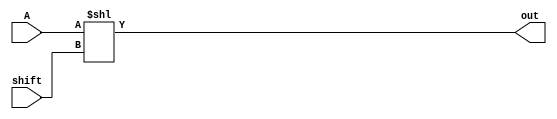
//  left and right shift module..

module left_shift(A, shift, out);
    input [53:0] A;
    input [5:0] shift;
    output reg [53:0] out;

    integer k;
    always @(shift) begin
        k = shift;
        out = A << k;
    end

endmodule

module right_shift(A, shift, out);
    input [52:0] A;
    input [5:0] shift;
    output reg [52:0] out;

    integer k;
    always @(shift) begin
        k = shift;
        out = A >> k;
    end

endmodule


//  addtion and subtraction module..

module add_sub(A, B, cin, sum);
    input [52:0] A, B;
    input cin;
    output reg [53:0] sum;

    always @(A, B, cin) begin
        if(!cin)
            sum = A + B;
        else
            sum = A - B;
    end

endmodule



module fp_adder(a, b, out);
	input [63:0] a, b;
	output reg [63:0] out;

    reg S1, S2, S3;				// signed bits
	reg [10:0] E1, E2, E3, D;	// exponents, D = E1-E2
	reg [52:0] M1, M2;			// i bit extra bcoz in form of 1.010101		
	reg [51:0] M3_final;
	reg [5:0] normalizer_shift, actual_shift;

	wire [53:0] M3, M3_normalised;
	wire [52:0] M2_shifted;

	integer q;
    right_shift rs(M2, D[5:0], M2_shifted);
	add_sub as(M1, M2_shifted, S1^S2, M3);
	left_shift ls(M3, normalizer_shift, M3_normalised);

    always @(*) begin

        // extract values
		S1 = a[63];
		S2 = b[63];
		E1 = a[62:52];
		E2 = b[62:52];
		M1 = {1'b1,a[51:0]};
		M2 = {1'b1,b[51:0]};


        // swap X1, X2 if |X2|>|X1|
		if(E2>E1 || (E1 == E2 && M2>M1)) begin
			S1 = b[63];
			S2 = a[63];
			E1 = b[62:52];
			E2 = a[62:52];
			M1 = {1'b1,b[51:0]};
			M2 = {1'b1,a[51:0]};

		end


		// Denormalize M2.. shift will happen in module
		S3 = S1;
		D = E1 - E2;
		if(D >= 52)		// if right-shift is more than 52 then its 0;
			D = 11'd52;


		// normalize result...   1.1010101
		normalizer_shift = 0;
		while (M3[53-normalizer_shift] == 1'b0 && normalizer_shift < 53) begin
			normalizer_shift = normalizer_shift + 1;
		end
		actual_shift = normalizer_shift - 1 ; 

		// if 53th bit is 1 then.
		if(M3[53] == 1'b1) begin
			M3_final = M3[52:1];
			E3 = E1 + 1'b1;
		end

		// if 52th bit is 1, then no need to normalize results, print the same.
		else if(M3[52] == 1'b1) begin
			M3_final = M3[51:0];
			E3 = E1;
		end

		else begin
			M3_final = M3_normalised[52:1];
			E3 = E1 - actual_shift;
		end

		// checking for infinity, 0, NaN
		// if exponent is 255 then its consider infinity..
		if(E1 == 11'hff || E2 == 11'hff)
			out = 64'b0111111111111111111111111111111111111111111111111111111111111111;
		// if a is 0
		else if(a[62:0] == 0) 
			out = b;
		// if b is 0
		else if(b[62:0] == 0)
			out = a;
		else if(M3_normalised == 0)
			out = 64'b0;
		else
			out = { S3, E3, M3_final};

    end

endmodule